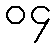
၀၄